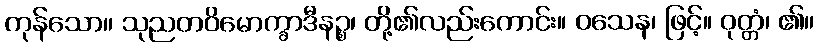
ကုန်သော။ သုညတဝိမောက္ခာဒီနဉ္စ၊ တို့၏လည်းကောင်း။ ဝသေန၊ ဖြင့်။ ဝုတ္တံ၊ ၏။